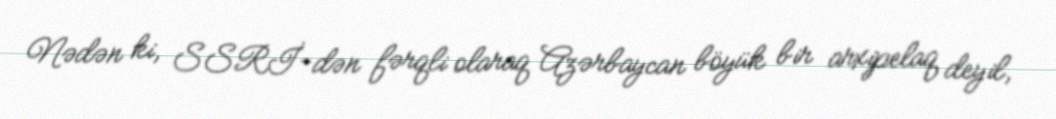
Nədən ki, SSRİ-dən fərqli olaraq Azərbaycan böyük bir arxipelaq deyil,